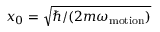
x _ { 0 } = \sqrt { \hbar / ( 2 m \omega _ { \mathrm { m o t i o n } } ) }